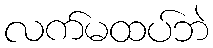
လက်မထပ်ဘဲ